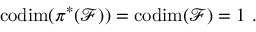
\mathrm { c o d i m } ( \pi ^ { * } ( { \mathcal F } ) ) = \mathrm { c o d i m } ( { \mathcal F } ) = 1 \ .